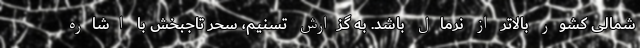
شمالی کشور بالاتر از نرمال باشد. به گزارش تسنیم، سحر تاجبخش با اشاره